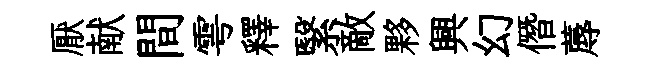
厭献間雩釋繄敵夥興幻僭蓐